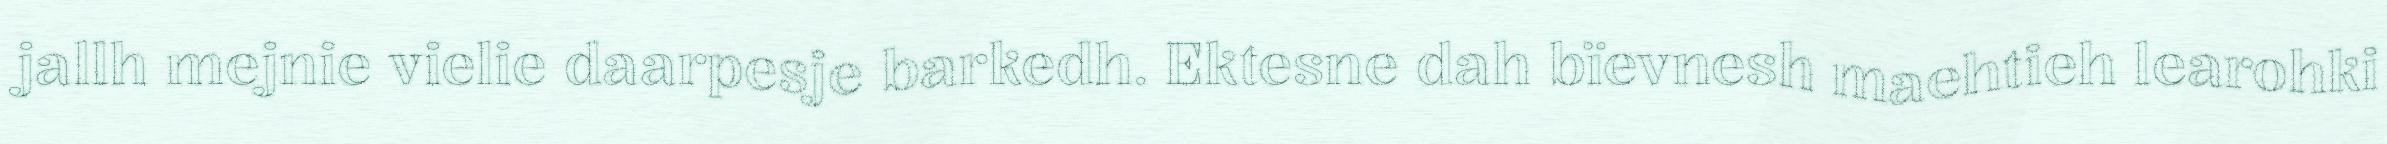
jallh mejnie vielie daarpesje barkedh. Ektesne dah bïevnesh maehtieh learohki